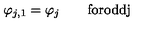
\varphi _ { j , 1 } = \varphi _ { j } \qquad \mathrm { f o r o d d j }